Vaccination in Bombay 1856-1862 - 1856-1862
Year: 1856
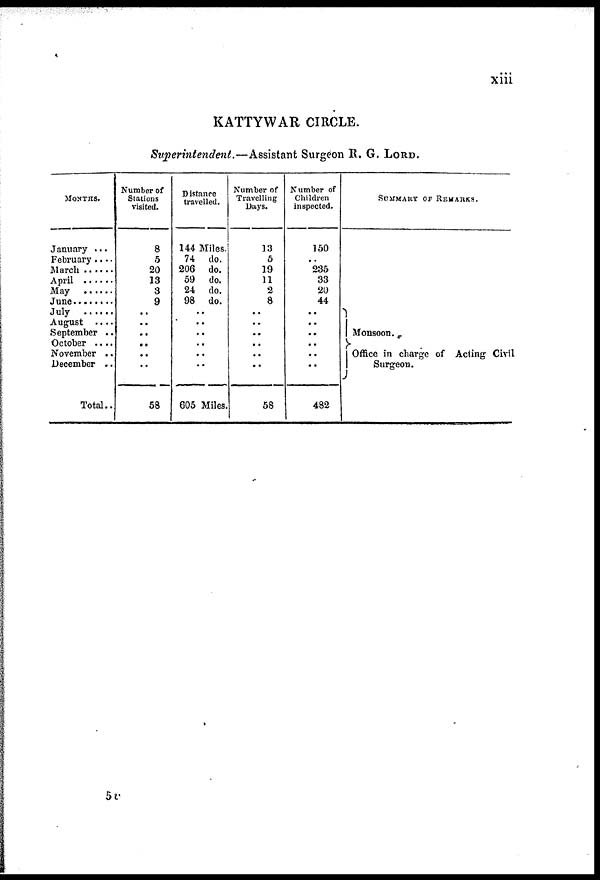
xiii
KATTYWAR CIRCLE.
Superintendent.—Assistant Surgeon R. G. LORD.
MONTHS.
January ...
February ....
March
......
April
......
May
June
........
July
......
August ....
September ..
October ....
November ..
December ..
Total..
Number of
Stations
visited.
8
5
20
13
3
9
..
..
..
..
..
..
58
Distance
travelled.
144 Miles.
74 do.
206 do.
59 do.
24 do.
98 do.
..
..
..
..
..
..
605 Miles.
Number of
Travelling
Days.
13
5
19
11
2
8
..
..
..
..
..
..
58
Number of
Children
inspected.
150
..
235
33
20
44
..
..
..
..
..
..
482
SUMMARY OF REMARKS.
Monsoon.
Office in charge of Acting Civil
Surgeon.
5 v